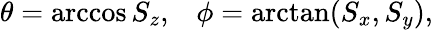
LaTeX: \theta=\operatorname{arccos}S_{z}\textrm{,}\quad\phi=\arctan(S_{x},S_{y})\textrm{,}